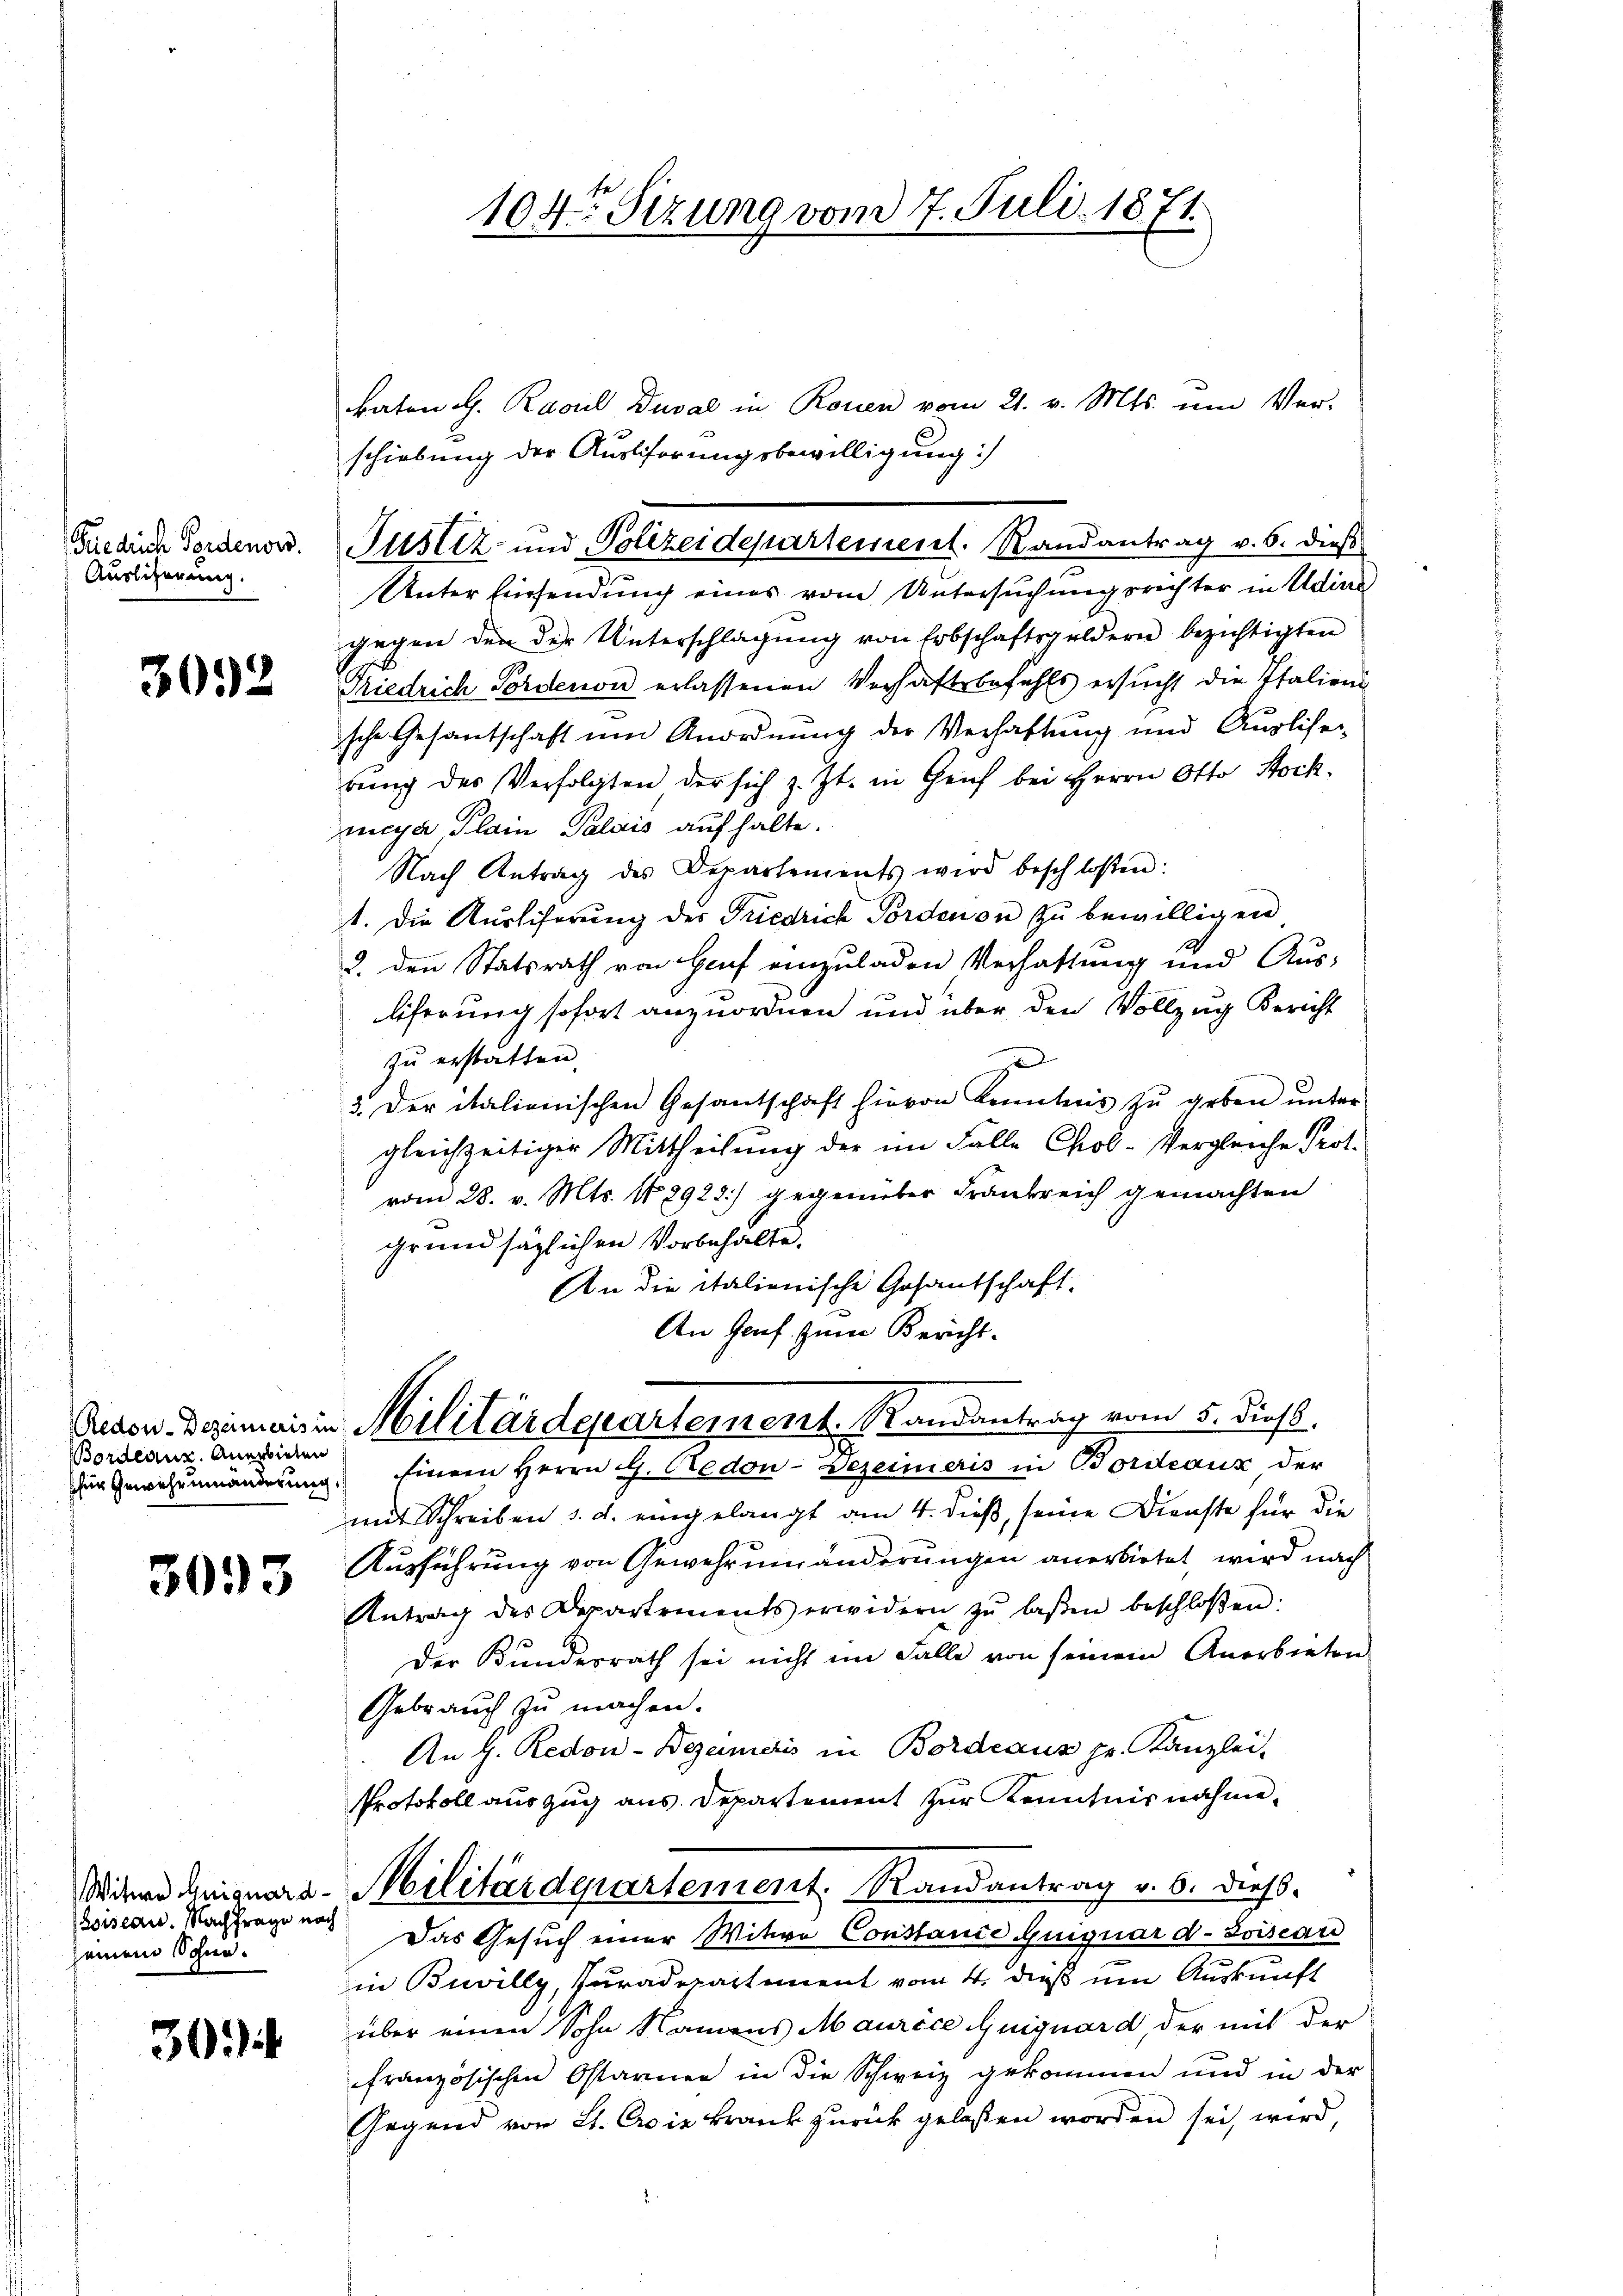
Fiedrich Fordenors.
Auslicherung.

3092

Bordeaus. Anerbieten
für Gewehrumänderung.

3093

Witwe Guiguard-
Zoiseau. Nachfrage nach
seinem Schne¬

303

katen d. Rasul Duval in Rouen vom 21. v. Mts. um Ver-
schiebung der Ausliferungsbewilligung:
Unter hiersendung eines vom Untersuchungsrichter in Adine
gegen den der Unterschlagung von Erbschaftsgeldern bezichtigten
Friedrich Fordenon erlassenen Verhaftsbefehls ersucht die Italieni
sche Gesantschaft um Anordnung der Verhaftung und Ausliser
rŭng des Verfolgten der sich z. Zt. in Genf bei Herrn Otto Stock
meya Plain Palais auf halte.
Nach Antrag des Departements wird beschlossen:
1. Die Kustiferung des Friedrich Pordation zu bewilligen
2. den Statsrath von Hauf einzuladen Verhaltung und Aus-
liferung sofort anzuordnen und über den Vollzug Bericht
zu erstatten.
z
3. Der italionischen Gesantschaft hievon Kenntnis zu geben unter
gleichzeitiger Mittheilung der im Falle Chol-Vergleiche Prot.
vom 28. v. Mts. 148922) gegenüber Frankreich gemachten
grundsätzlichen Vorbehalte.
An die italienische Gesantschaft.
An Genf. zum Bericht-

104 Sizung vom 7. Juli 1871.

Ston. Domais in Militärdepartement. Randantrag vom 5. Dies

Einem Herrn G. Cedon-Bezeineris in Bordeaux der
mit Schreiben d. d. eingelangt am 4. dieß, seine Dienste für die
Ausführung von Gewehrumänderungen anerbietet, wird nach
Antrag des Departements erwidern zŭ lassen beschloßen:
Der Bundesrath sei nicht im Falle von seinem Anerbieten
Gebrauch zu machen.
An H. Redou-Bezameris in Bordeaux pr. Kanzlei-
Protokoll auszug aus Departement zur Kenntnis nahme.
Militärdepartement. Randantrag v. 6. dieß.
Das Gesuch einer Witwe Constanie Quiquard-Soiseau
in Buvilly, Suradepartement vom 4. dieß um Auskunft
über einen Sohn Namens Maurice Guiguard der mit der
französischen Ostarnen in die Schweiz gekommen und in der
Gegend von 21. Avis krank zurück gelassen worden sei, wird,

Justiz- und Polizeidepartement. Randantrag v. 6. dieß